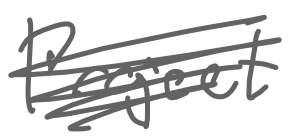
Text: Project
Cross-out: scratch
Writing tool: digital_gray